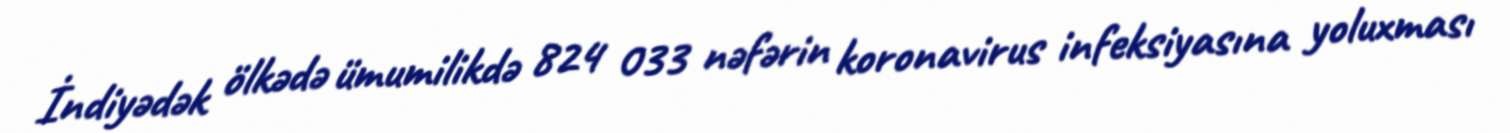
İndiyədək ölkədə ümumilikdə 824 033 nəfərin koronavirus infeksiyasına yoluxması